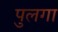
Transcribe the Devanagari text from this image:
पुलगा